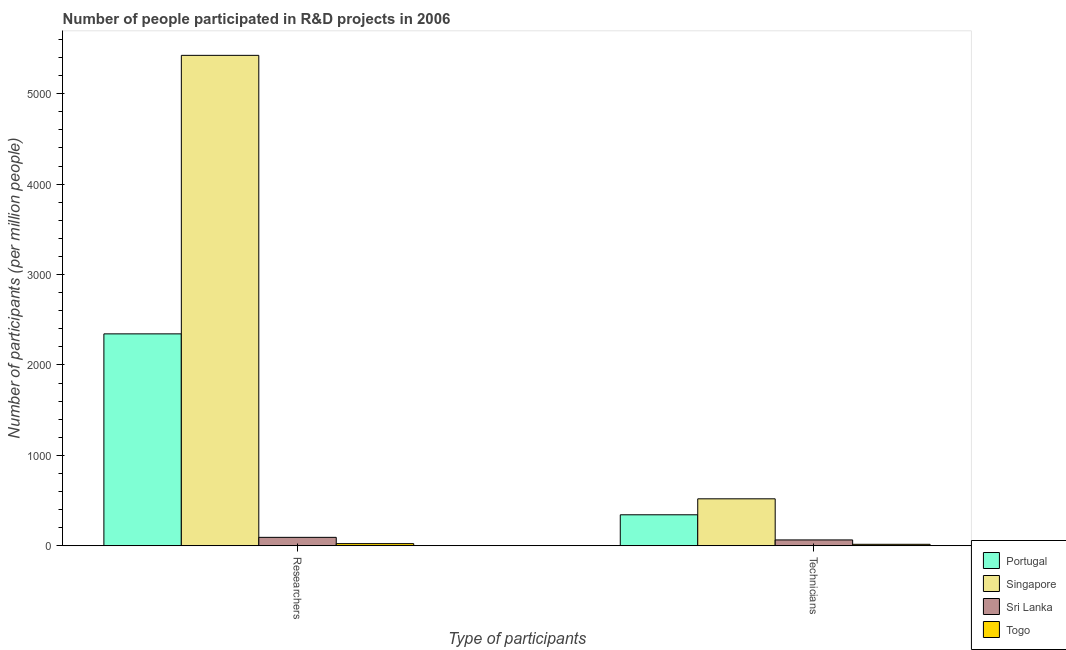
| Type of participants | Portugal | Singapore | Sri Lanka | Togo |
 | --- | --- | --- | --- | --- |
 | Researchers | 2.34e+03 | 5.42e+03 | 93.2 | 23.7 |
 | Technicians | 343 | 519 | 64.7 | 16.4 |